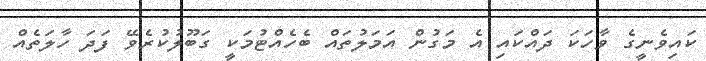
ކައިވެނީގެ ވާހަކަ ދައްކައި އެ މަގުން އަމަލުތައް ބެހެއްޓުމަކީ ގަބޫލުކުރެވޭ ފަދަ ހާލަތެއް